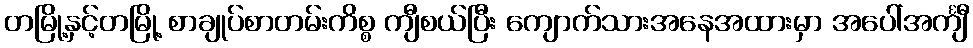
တမြို့နှင့်တမြို့ စာချုပ်စာတမ်းကိစ္စ ကျီစယ်ပြီး ကျောက်သားအနေအထားမှာ အပေါ်အင်္ကျီ